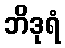
ဘိဒုရံ